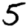
Digit: 5